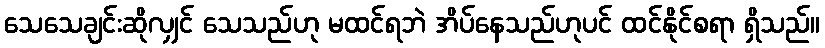
သေသေချင်းဆိုလျှင် သေသည်ဟု မထင်ရဘဲ အိပ်နေသည်ဟုပင် ထင်နိုင်စရာ ရှိသည်။